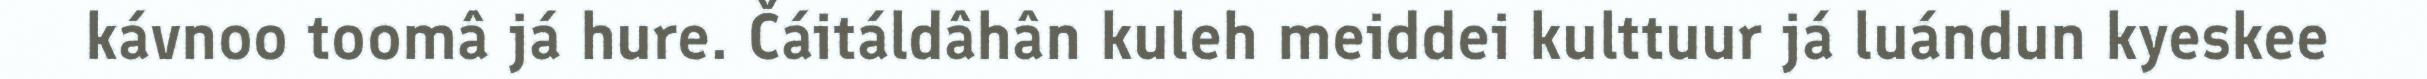
kávnoo toomâ já hure. Čáitáldâhân kuleh meiddei kulttuur já luándun kyeskee